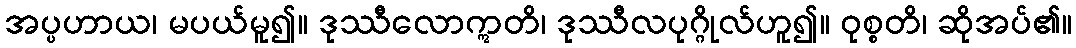
အပ္ပဟာယ၊ မပယ်မူ၍။ ဒုဿီလောဣတိ၊ ဒုဿီလပုဂ္ဂိုလ်ဟူ၍။ ဝုစ္စတိ၊ ဆိုအပ်၏။